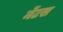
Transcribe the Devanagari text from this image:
नेंटस